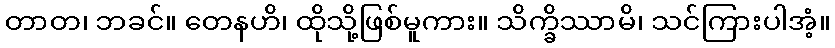
တာတ၊ ဘခင်။ တေနဟိ၊ ထိုသို့ဖြစ်မူကား။ သိက္ခိဿာမိ၊ သင်ကြားပါအံ့။